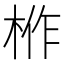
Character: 𭪌